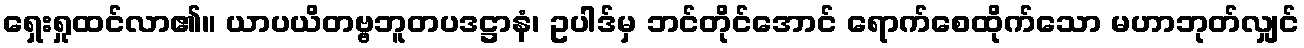
ရှေးရှုထင်လာ၏။ ယာပယိတဗ္ဗဘူတပဒဋ္ဌာနံ၊ ဥပါဒ်မှ ဘင်တိုင်အောင် ရောက်စေထိုက်သော မဟာဘုတ်လျှင်